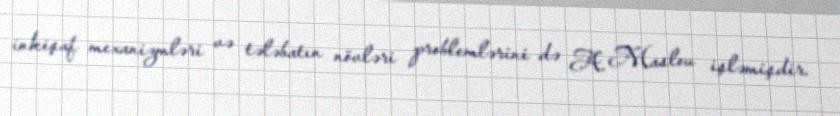
inkişaf mexanizmləri və tələbatın növləri problemlərini də A. Maslou işləmişdir.